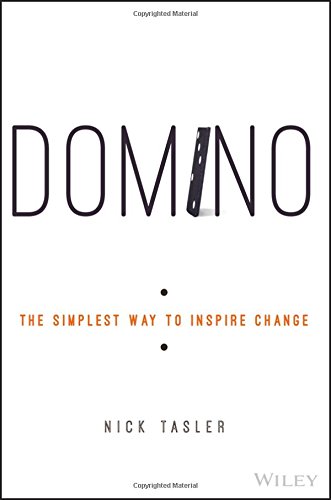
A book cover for Domino: The Simplest Way to Inspire Change; Nick Tasler; Business & Money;